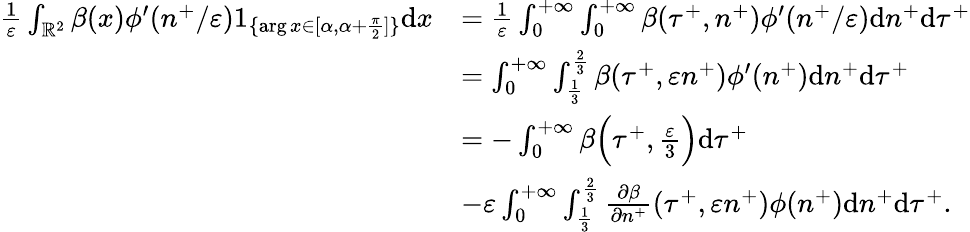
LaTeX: \begin{array}{rl}{\frac{1}{\varepsilon}\int_{\mathbb{R}^{2}}\beta(x)\phi^{\prime}(n^{+}/\varepsilon)1_{\{ \arg x\in[\alpha,\alpha+\frac{\pi}{2}]\} }\textrm{d}x}&{=\frac{1}{\varepsilon}\int_{0}^{+\infty}\int_{0}^{+\infty}\beta(\tau^{+},n^{+})\phi^{\prime}(n^{+}/\varepsilon)\textrm{d}n^{+}\textrm{d}\tau^{+}}\\ &{=\int_{0}^{+\infty}\int_{\frac{1}{3}}^{\frac{2}{3}}\beta(\tau^{+},\varepsilon n^{+})\phi^{\prime}(n^{+})\textrm{d}n^{+}\textrm{d}\tau^{+}}\\ &{=-\int_{0}^{+\infty}\beta\Big(\tau^{+},\frac{\varepsilon}{3}\Big)\textrm{d}\tau^{+}}\\ &{-\varepsilon\int_{0}^{+\infty}\int_{\frac{1}{3}}^{\frac{2}{3}}\frac{\partial\beta}{\partial n^{+}}(\tau^{+},\varepsilon n^{+})\phi(n^{+})\textrm{d}n^{+}\textrm{d}\tau^{+}.}\end{array}